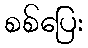
စစ်ပြေး